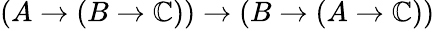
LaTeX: (A\to(B\to\mathbb{C}))\to(B\to(A\to\mathbb{C}))